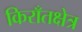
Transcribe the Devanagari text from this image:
किराँतक्षेत्र